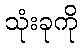
သုံးခုကို